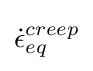
{\dot {\epsilon }}_{eq}^{creep}